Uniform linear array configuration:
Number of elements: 24
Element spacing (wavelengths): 1
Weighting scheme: blackman
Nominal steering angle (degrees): -30
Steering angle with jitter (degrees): -28.278
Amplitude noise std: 0.05
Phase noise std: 0.05

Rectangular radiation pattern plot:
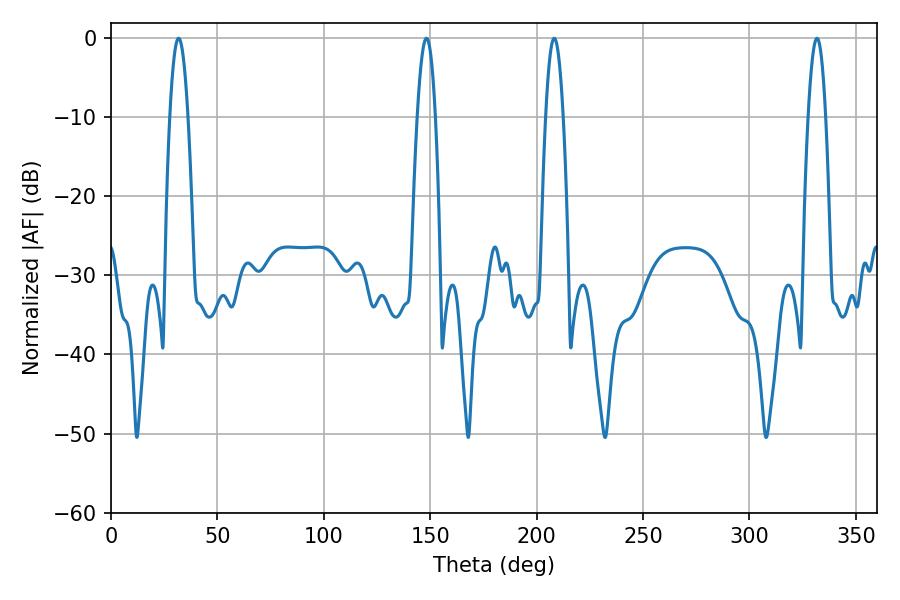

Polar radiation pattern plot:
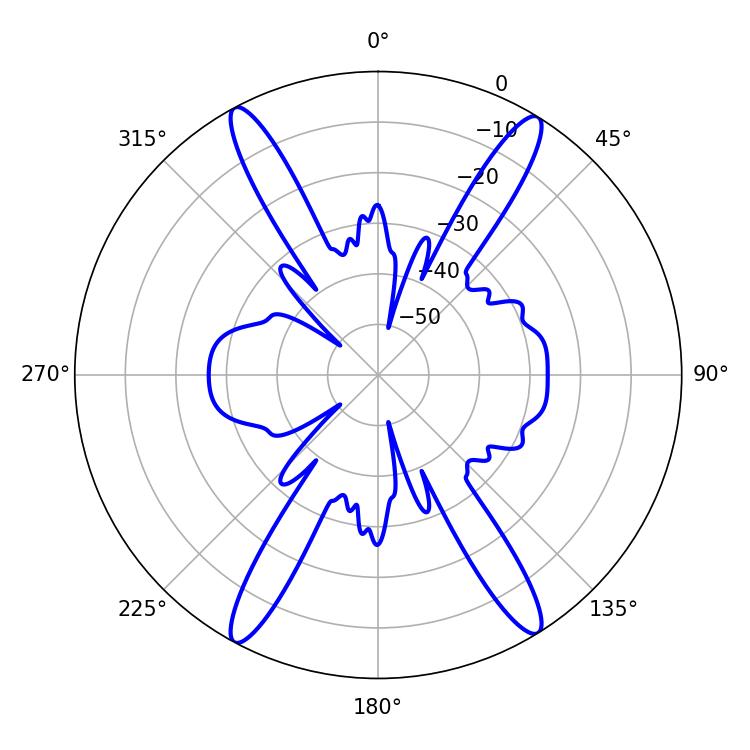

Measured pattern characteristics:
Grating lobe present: TRUE
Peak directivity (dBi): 21.897
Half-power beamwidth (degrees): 4.5
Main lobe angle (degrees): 208.26